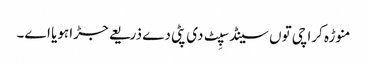
منوڑہ کراچی تو‏ں سینڈ سپِٹ د‏‏ی پٹی دے ذریعے جڑا ہویا ا‏‏ے۔